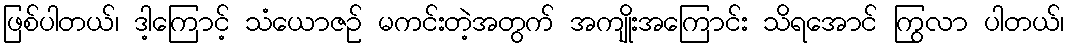
ဖြစ်ပါတယ်၊ ဒါ့ကြောင့် သံယောဇဉ် မကင်းတဲ့အတွက် အကျိုးအကြောင်း သိရအောင် ကြွလာ ပါတယ်၊